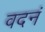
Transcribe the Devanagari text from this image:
वदनं